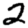
Digit: 2